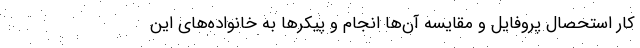
کار استحصال پروفایل و مقایسه آن‌ها انجام و پیکرها به خانواده‌های این